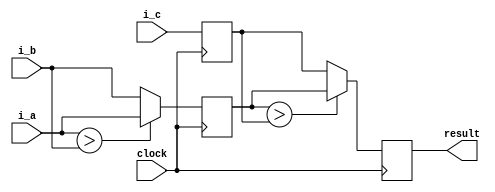
`timescale 1ns / 1ps
//////////////////////////////////////////////////////////////////////////////////
// Company: 
// Engineer: 
// 
// Design Name: 
// Module Name:    ejercicio_2 
// Project Name: 
// Target Devices: 
// Tool versions: 
// Description: 
//
// Dependencies: 
//
// Revision: 
// Revision 0.01 - File Created
// Additional Comments: 

//2.	Desarrolle un modelo Verilog de un circuito con pipeline que compute el valor mximo de 3 flujos de entrada, a, b y c.
// El pipeline debe tener 2 etapas:
//	La primera etapa determina cual es el mayor entre a y b y guarda el valor de c.
//	La segunda etapa busca el mayor entre c y el resultado de la comparacin de a y b.
//Las entradas y salidas son de 14 bits con signo, en complemento a 2.

//
//////////////////////////////////////////////////////////////////////////////////
module ejercicio_2(
	input wire signed [13:0]i_a,
	input wire signed [13:0]i_b,
	input wire signed [13:0]i_c,
	output reg [13:0]result,
	
	input wire clock
    );
	 
	// reg [13:0]s_a;
//	 reg [13:0]s_b;
	// reg [13:0]s_c;
	 reg [13:0]s_aux;
	 reg [13:0]s_c;
	 
	 always@(posedge clock) // primera etapa
	 begin
	 if(i_a > i_b)
	 s_aux <= i_a;
	 else
	 s_aux <= i_b;
	 
	 s_c <= i_c;
	 end
	 
	 always@(posedge clock) // primera etapa
	 begin
	 if(s_aux > s_c)
	 result <= s_aux;
	 else
	 result <= s_c;
	 end


endmodule